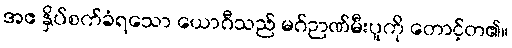
အဧ နှိပ်စက်ခံရသော ယောဂီသည် မဂ်ဉာဏ်မီးပူကို တောင့်တ၏။